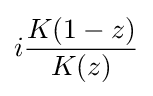
i{\frac {K(1-z)}{K(z)}}